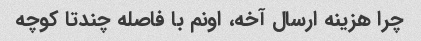
چرا هزینه ارسال آخه، اونم با فاصله چندتا کوچه